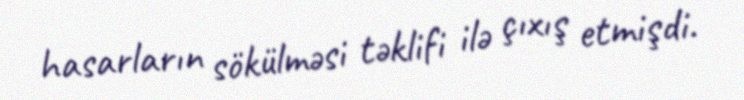
hasarların sökülməsi təklifi ilə çıxış etmişdi.